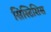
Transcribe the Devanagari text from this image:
सिस्टिसिस